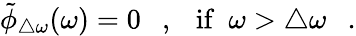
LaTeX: \tilde{\phi}_{\triangle\omega}(\omega)=0~~~,~~~\mathrm{if}~~\omega>\triangle\omega~~~.